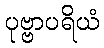
ပုဗ္ဗာပရိယံ